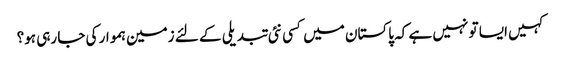
کہیں ایسا تو نہیں ہے کہ پاکستان میں کسی نئی تبدیلی کے لئے زمین ہموار کی جا رہی ہو؟